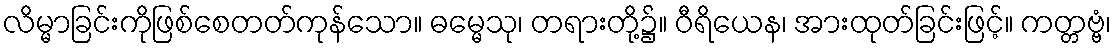
လိမ္မာခြင်းကိုဖြစ်စေတတ်ကုန်သော။ ဓမ္မေသု၊ တရားတို့၌။ ဝီရိယေန၊ အားထုတ်ခြင်းဖြင့်။ ကတ္တဗ္ဗံ၊